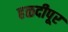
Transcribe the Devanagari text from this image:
हळदीपूर